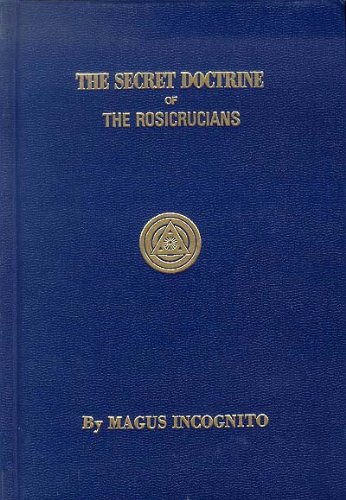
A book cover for Secret Doctrine of the Rosicrucians; Magnus Incognito; Religion & Spirituality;